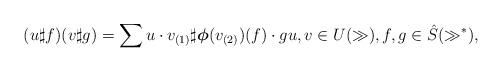
LaTeX: \begin{gather*}(u\sharp f) (v\sharp g) = \sum u\cdot v_{(1)}\sharp {\boldsymbol \phi}(v_{(2)})(f)\cdot gu,v\in U(\gg),f,g\in\hat{S}(\gg^*),\end{gather*}